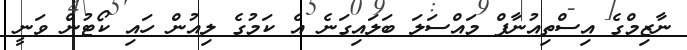
ނާޒިމްގެ އިސްތިއުނާފް މައްސަލަ ބަލައިގަނެ އެ ކަމުގެ ލިއުން ހައި ކޯޓުން ވަނީ